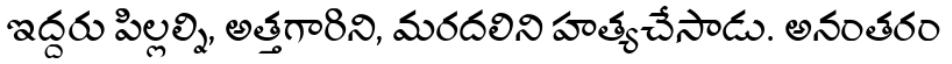
ఇద్దరు పిల్లల్ని, అత్తగారిని, మరదలిని హత్యచేసాడు. అనంతరం